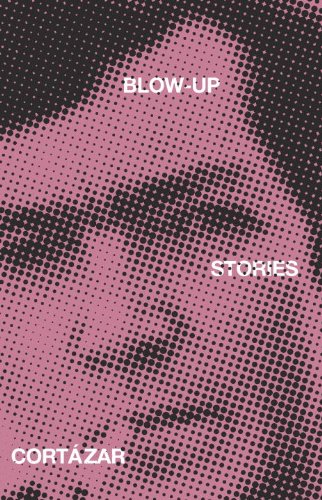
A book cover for Blow-Up: And Other Stories; Julio Cortazar; Literature & Fiction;